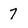
Character: 7